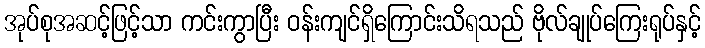
အုပ်စုအဆင့်ဖြင့်သာ ကင်းကွာပြီး ဝန်းကျင်ရှိကြောင်းသိရသည် ဗိုလ်ချုပ်ကြေးရုပ်နှင့်